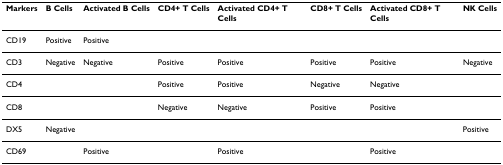
| Markers | B Cells | Activated B Cells | CD4+ T Cells | Activated CD4+ T Cells | CD8+ T Cells | Activated CD8+ T Cells | NK Cells |
 | --- | --- | --- | --- | --- | --- | --- | --- |
 | CD19 | Positive | Positive |  |  |  |  |  |
 | CD3 | Negative | Negative | Positive | Positive | Positive | Positive | Negative |
 | CD4 |  |  | Positive | Positive | Negative | Negative |  |
 | CD8 |  |  | Negative | Negative | Positive | Positive |  |
 | DX5 | Negative |  |  |  |  |  | Positive |
 | CD69 |  | Positive |  | Positive |  | Positive |  |